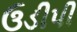
ઉડીપી